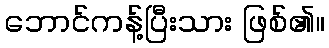
ဘောင်ကန့်ပြီးသား ဖြစ်၏။